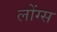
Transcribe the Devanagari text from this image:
लोंग्स